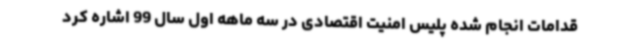
قدامات انجام شده پلیس امنیت اقتصادی در سه ماهه اول سال 99 اشاره کرد